画像に写った文字を読んでください
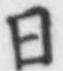
「日」と書いてあります